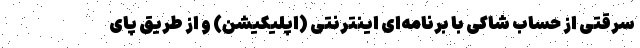
سرقتی از حساب شاکی با برنامه‌ای اینترنتی (اپلیکیشن) و از طریق پای